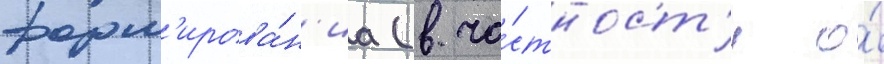
форм'ирова́н'иа (в ча́стност'и о́